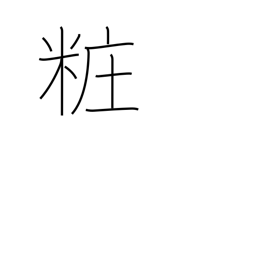
Meaning: adorn (one's person)